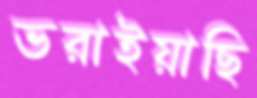
ভরাইয়াছি